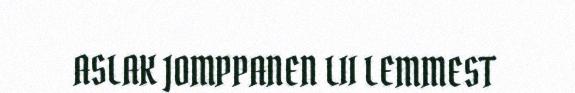
ASLAK JOMPPANEN LII LEMMEST